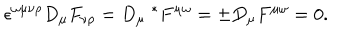
LaTeX: \epsilon ^ { \omega \mu \nu \rho } D _ { \mu } F _ { \nu \rho } = D _ { \mu } \; ^ { * } F ^ { \mu \omega } = \pm D _ { \mu } F ^ { \mu \omega } = 0 .